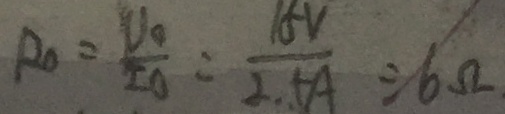
R _ { 0 } = \frac { V _ { 0 } } { I _ { 0 } } = \frac { 1 5 V } { 2 . 5 A } = 6 . \Omega